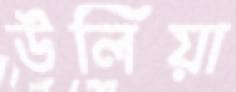
উলিয়া